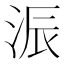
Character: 浱